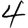
Digit: 4